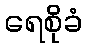
ရေစိုခံ